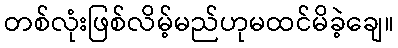
တစ်လုံးဖြစ်လိမ့်မည်ဟုမထင်မိခဲ့ချေ။